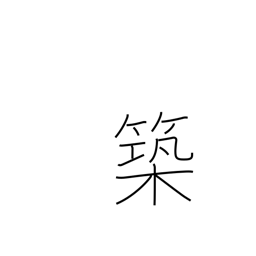
Meaning: fabricate